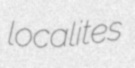
localites